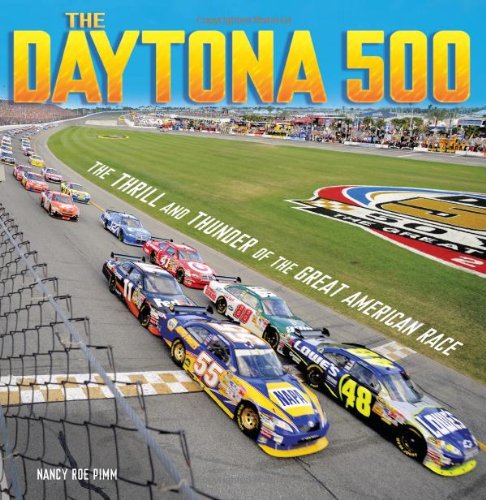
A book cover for The Daytona 500: The Thrill and Thunder of the Great American Race (Spectacular Sports); Nancy Roe Pimm; Teen & Young Adult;